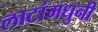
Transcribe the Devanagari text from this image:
लाटांमधुनी